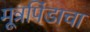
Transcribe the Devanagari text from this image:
मूत्रपिंडाचा